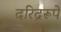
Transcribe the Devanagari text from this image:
दरिद्ररूपे